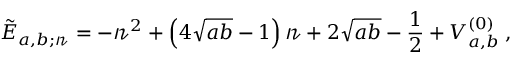
\tilde { E } _ { a , b ; \mathscr { n } } = - \mathscr { n } ^ { 2 } + \left( 4 \sqrt { a b } - 1 \right) \mathscr { n } + 2 \sqrt { a b } - \frac { 1 } { 2 } + V _ { a , b } ^ { ( 0 ) } \; ,